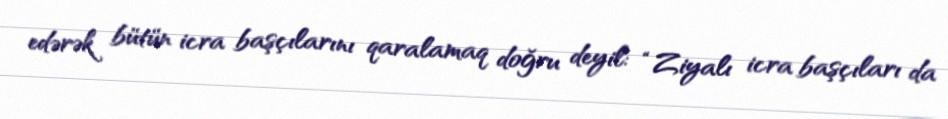
edərək bütün icra başçılarını qaralamaq doğru deyil: “Ziyalı icra başçıları da